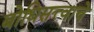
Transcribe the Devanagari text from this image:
बोधिसत्त्वाचे